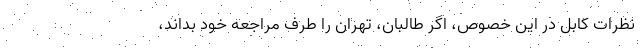
نظرات کابل در این خصوص، اگر طالبان، تهران را طرف مراجعه خود بداند،